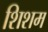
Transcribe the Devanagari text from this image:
शिशम